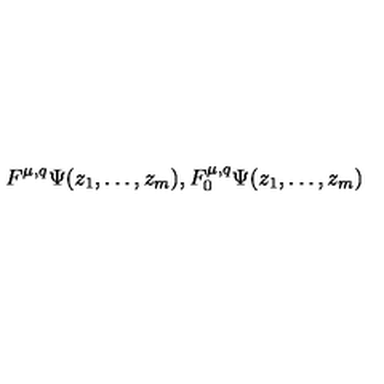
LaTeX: F ^ { \mu , q } \Psi ( z _ { 1 } , \ldots , z _ { m } ) , F _ { 0 } ^ { \mu , q } \Psi ( z _ { 1 } , \ldots , z _ { m } )